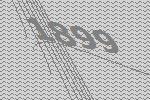
1899